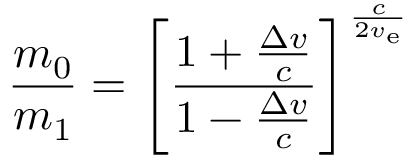
{ \frac { m _ { 0 } } { m _ { 1 } } } = \left[ { \frac { 1 + { \frac { \Delta v } { c } } } { 1 - { \frac { \Delta v } { c } } } } \right] ^ { \frac { c } { 2 v _ { \mathrm { e } } } }